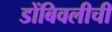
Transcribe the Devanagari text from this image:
डोंबिवलीची